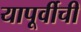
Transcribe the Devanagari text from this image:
यापूर्वीची